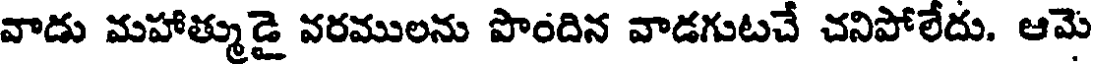
వాడు మహాత్ముడై వరములను పొందిన వాడగుటచే చనిపోలేదు. ఆమె